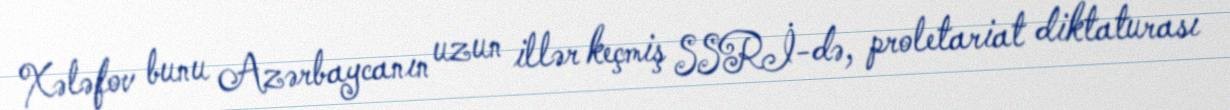
Xələfov bunu Azərbaycanın uzun illər keçmiş SSRİ-də, proletariat diktaturası